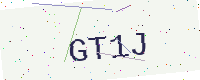
Text: GT1J